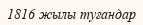
1816 жылы туғандар